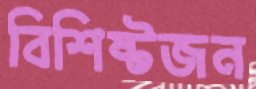
বিশিষ্টজন